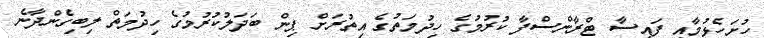
ހުށަހެޅުމާއި ފައިސާ ޓްރާންސްފާ ކުރުމުގެ ހިދުމަތުގެ އިތުރަށް ޕިން ބަދަލުކުރުމުގެ ހިދުމަތް ލިބިގެންދާނެ